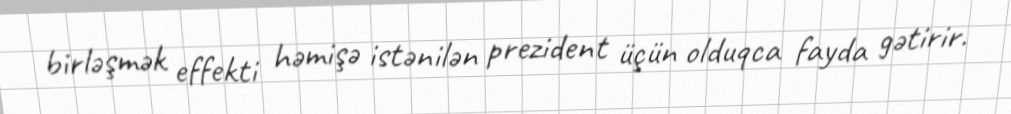
birləşmək effekti həmişə istənilən prezident üçün olduqca fayda gətirir.